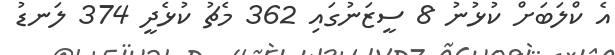
އެ ކްލަބަށް ކުޅުނު 8 ސީޒަނުގައި 362 މެޗު ކުޅެދީ 374 ލަނޑު